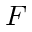
F